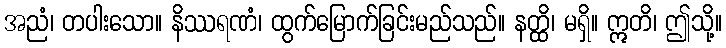
အညံ၊ တပါးသော။ နိဿရဏံ၊ ထွက်မြောက်ခြင်းမည်သည်။ နတ္ထိ၊ မရှိ။ ဣတိ၊ ဤသို့။